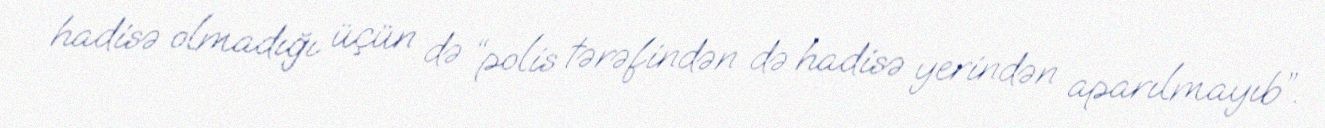
hadisə olmadığı üçün də “polis tərəfindən də hadisə yerindən aparılmayıb”.